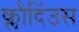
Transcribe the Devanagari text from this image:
क्लौदिंउस